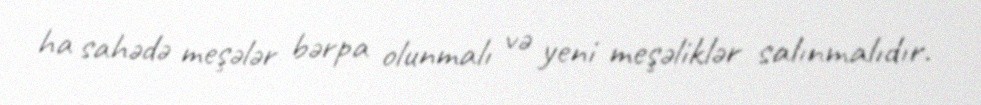
ha sahədə meşələr bərpa olunmalı və yeni meşəliklər salınmalıdır.